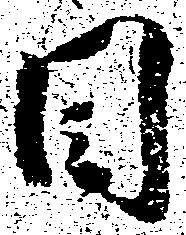
目